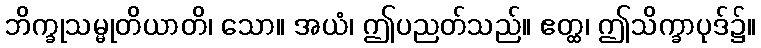
ဘိက္ခုသမ္မုတိယာတိ၊ သော။ အယံ၊ ဤပညတ်သည်။ ဧတ္ထ၊ ဤသိက္ခာပုဒ်၌။